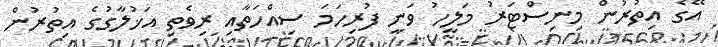
އޭގެ އިތުރުން މިނިސްޓަރު މަލީހު ވަނީ ފުރިހަމަ ސިއްހަތާއި ރިވެތި އަޚުލާގުގެ އިތުރުން